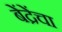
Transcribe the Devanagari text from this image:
बेंद्रेंचा